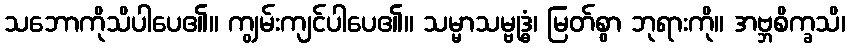
သဘောကိုသိပါပေ၏။ ကျွမ်းကျင်ပါပေ၏။ သမ္မာသမ္ဗုဒ္ဓံ၊ မြတ်စွာ ဘုရားကို။ အဗ္ဘစိက္ခသိ၊